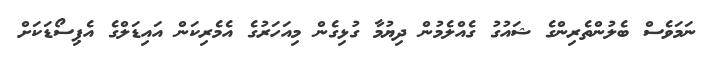
ނަމަވެސް ބެލުންތެރިންގެ ޝައުގު ގެއްލެމުން ދިޔުމާ ގުޅިގެން މިއަހަރުގެ އެމެރިކަން އައިޑަލްގެ އެޕިސޯޑަކަށް